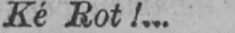
Ké Rot!...